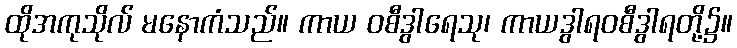
ထိုအကုသိုလ် မနောကံသည်။ ကာယ ဝစီဒွါရေသု၊ ကာယဒွါရဝစီဒွါရတို့၌။